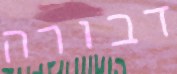
דבורה